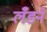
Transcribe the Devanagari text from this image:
लँडने